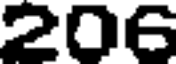
206